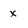
Character: x